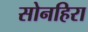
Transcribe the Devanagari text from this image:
सोनहिरा